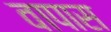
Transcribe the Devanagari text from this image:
वापास